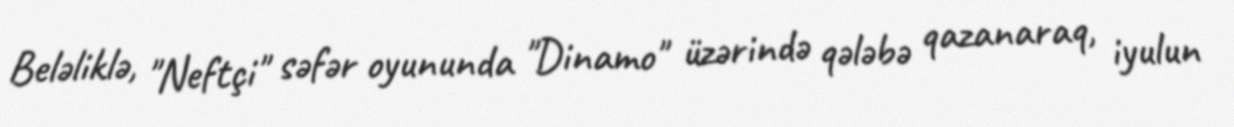
Beləliklə, "Neftçi" səfər oyununda "Dinamo" üzərində qələbə qazanaraq, iyulun